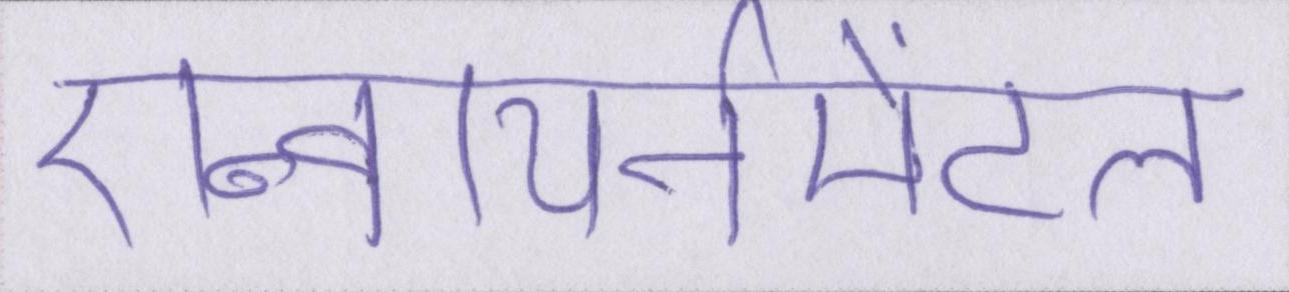
एन्वायर्नमेंटल